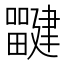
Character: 𰣜